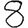
Digit: 8